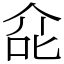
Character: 㖋